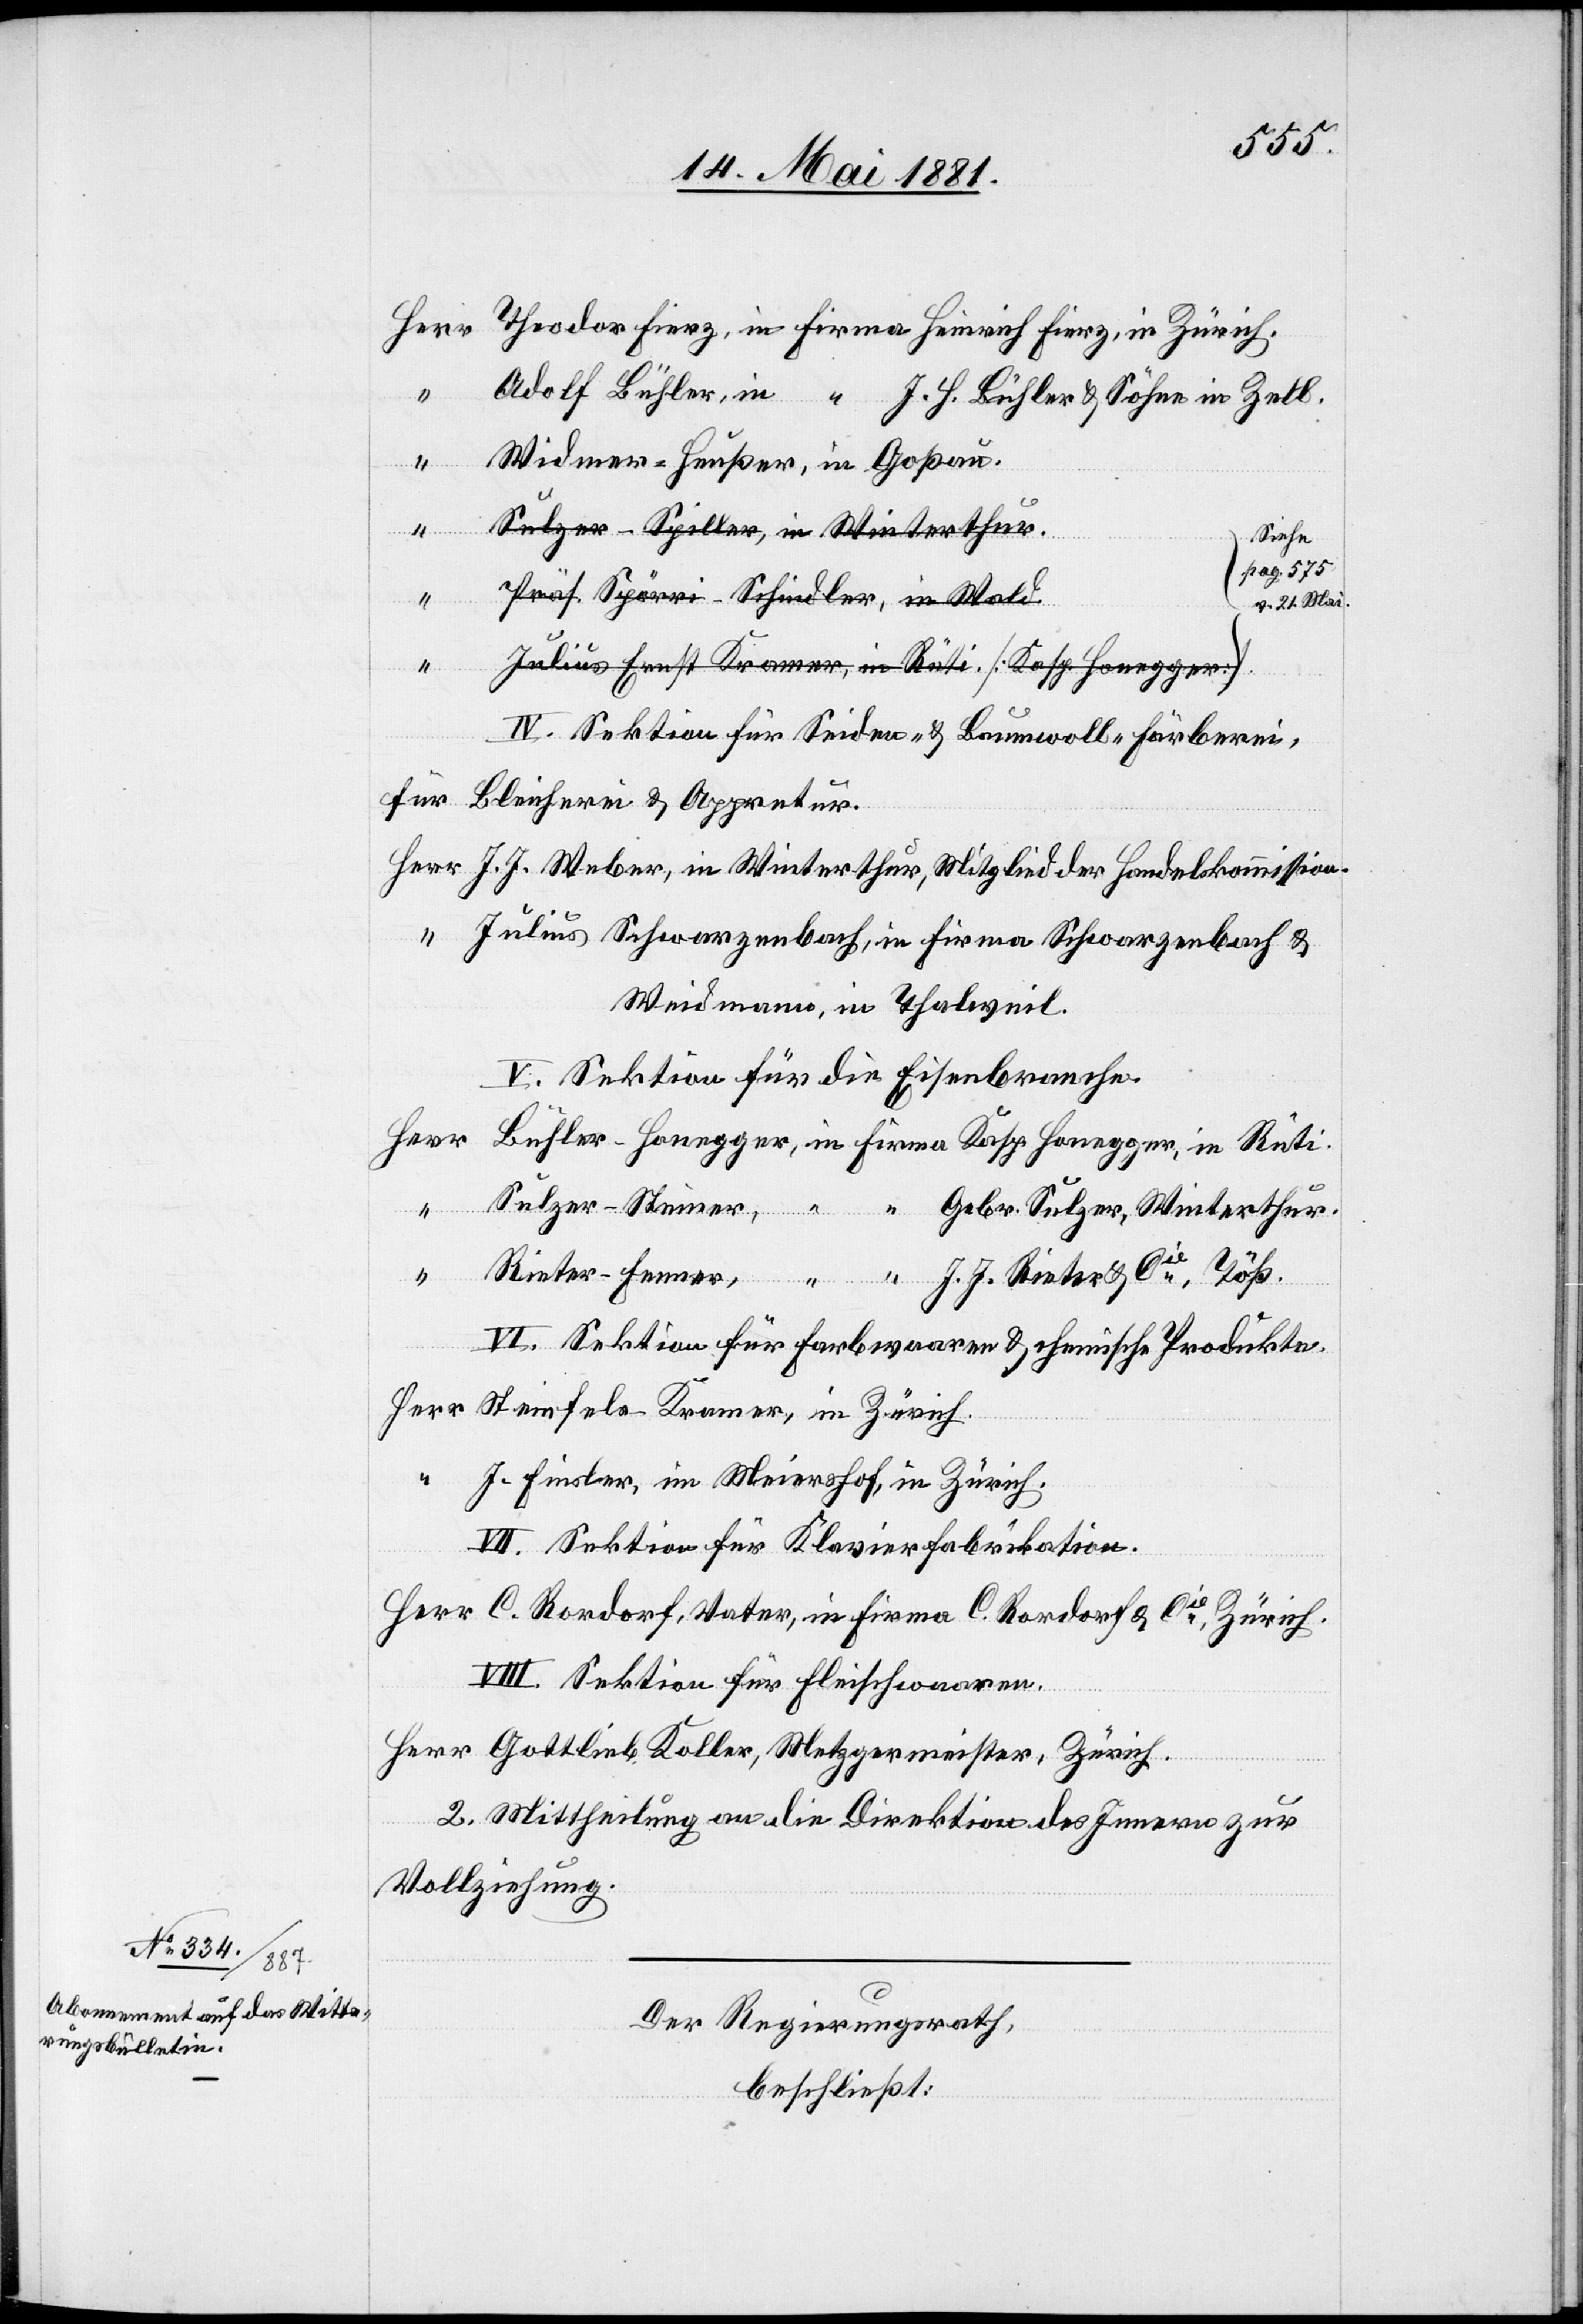
Cie,
Firma
Rieter
Pag. 575
v. 21. Mai
IV. Sektion für Seiden- & Baumwoll-Färberei,
für Bleicherei & Appretur.
Weidmann, in Thalweil.
V. Sektion für die Eisenbranche.
Herr
H.
&
VI. Sektion für Farbwaren & chemische Produkte.
VII. Sektion für Klavierfabrikation.
VIII. Sektion für Fleischwaren.
Gottlieb Koller, Metzgermeister, Zürich.
2. Mittheilung an die Direktion des Innern zur
Vollziehung.
Der Regierungsrath,
beschließt: